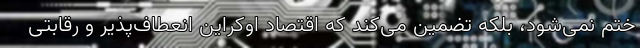
ختم نمی‌شود، بلکه تضمین می‌کند که اقتصاد اوکراین انعطاف‌پذیر و رقابتی